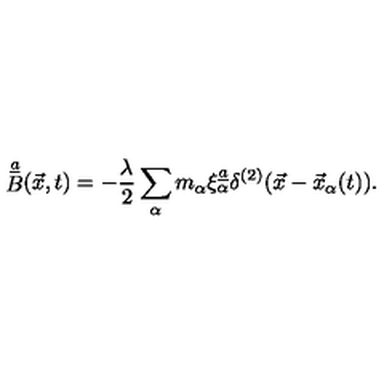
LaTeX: \mathop { B } ^ { \underline { { a } } } ( \vec { x } , t ) = - { \frac { \lambda } { 2 } } \sum _ { \alpha } m _ { \alpha } \xi _ { \alpha } ^ { \underline { { a } } } \delta ^ { ( 2 ) } ( \vec { x } - \vec { x } _ { \alpha } ( t ) ) .